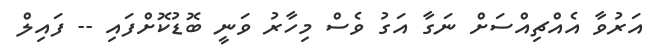
އަރުވާ އެއްޗިއްސަށް ނަގާ އަގު ވެސް މިހާރު ވަނީ ބޮޑުކޮށްފައި -- ފައިލް